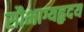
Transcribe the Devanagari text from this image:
सौभाग्यहृदय